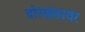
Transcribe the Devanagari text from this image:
दोरखंडावर